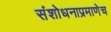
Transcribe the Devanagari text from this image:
संशोधनाप्रमाणेच